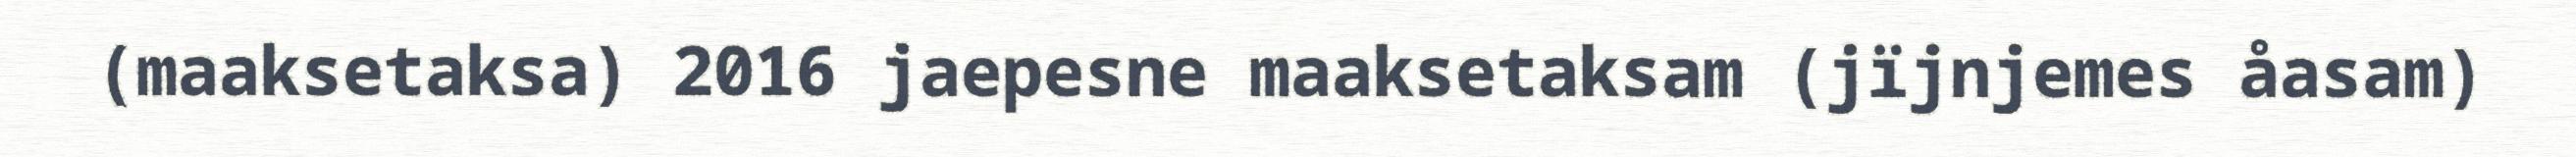
(maaksetaksa) 2016 jaepesne maaksetaksam (jïjnjemes åasam)